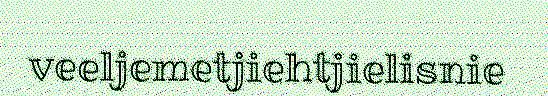
veeljemetjiehtjielisnie